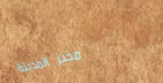
مخبز المدينة